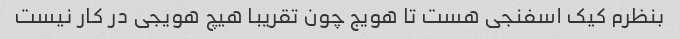
بنظرم کیک اسفنجی هست تا هویج چون تقریبا هیچ هویجی در کار نیست